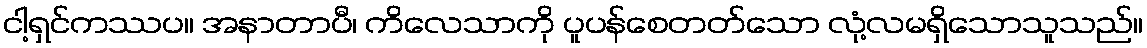
ငါ့ရှင်ကဿပ။ အနာတာပီ၊ ကိလေသာကို ပူပန်စေတတ်သော လုံ့လမရှိသောသူသည်။